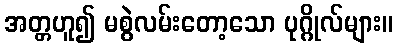
အတ္တဟူ၍ မစွဲလမ်းတော့သော ပုဂ္ဂိုလ်များ။